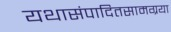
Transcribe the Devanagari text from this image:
यथासंपादितसामग्रया